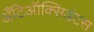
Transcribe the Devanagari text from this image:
अँटिऑक्सिडंटस